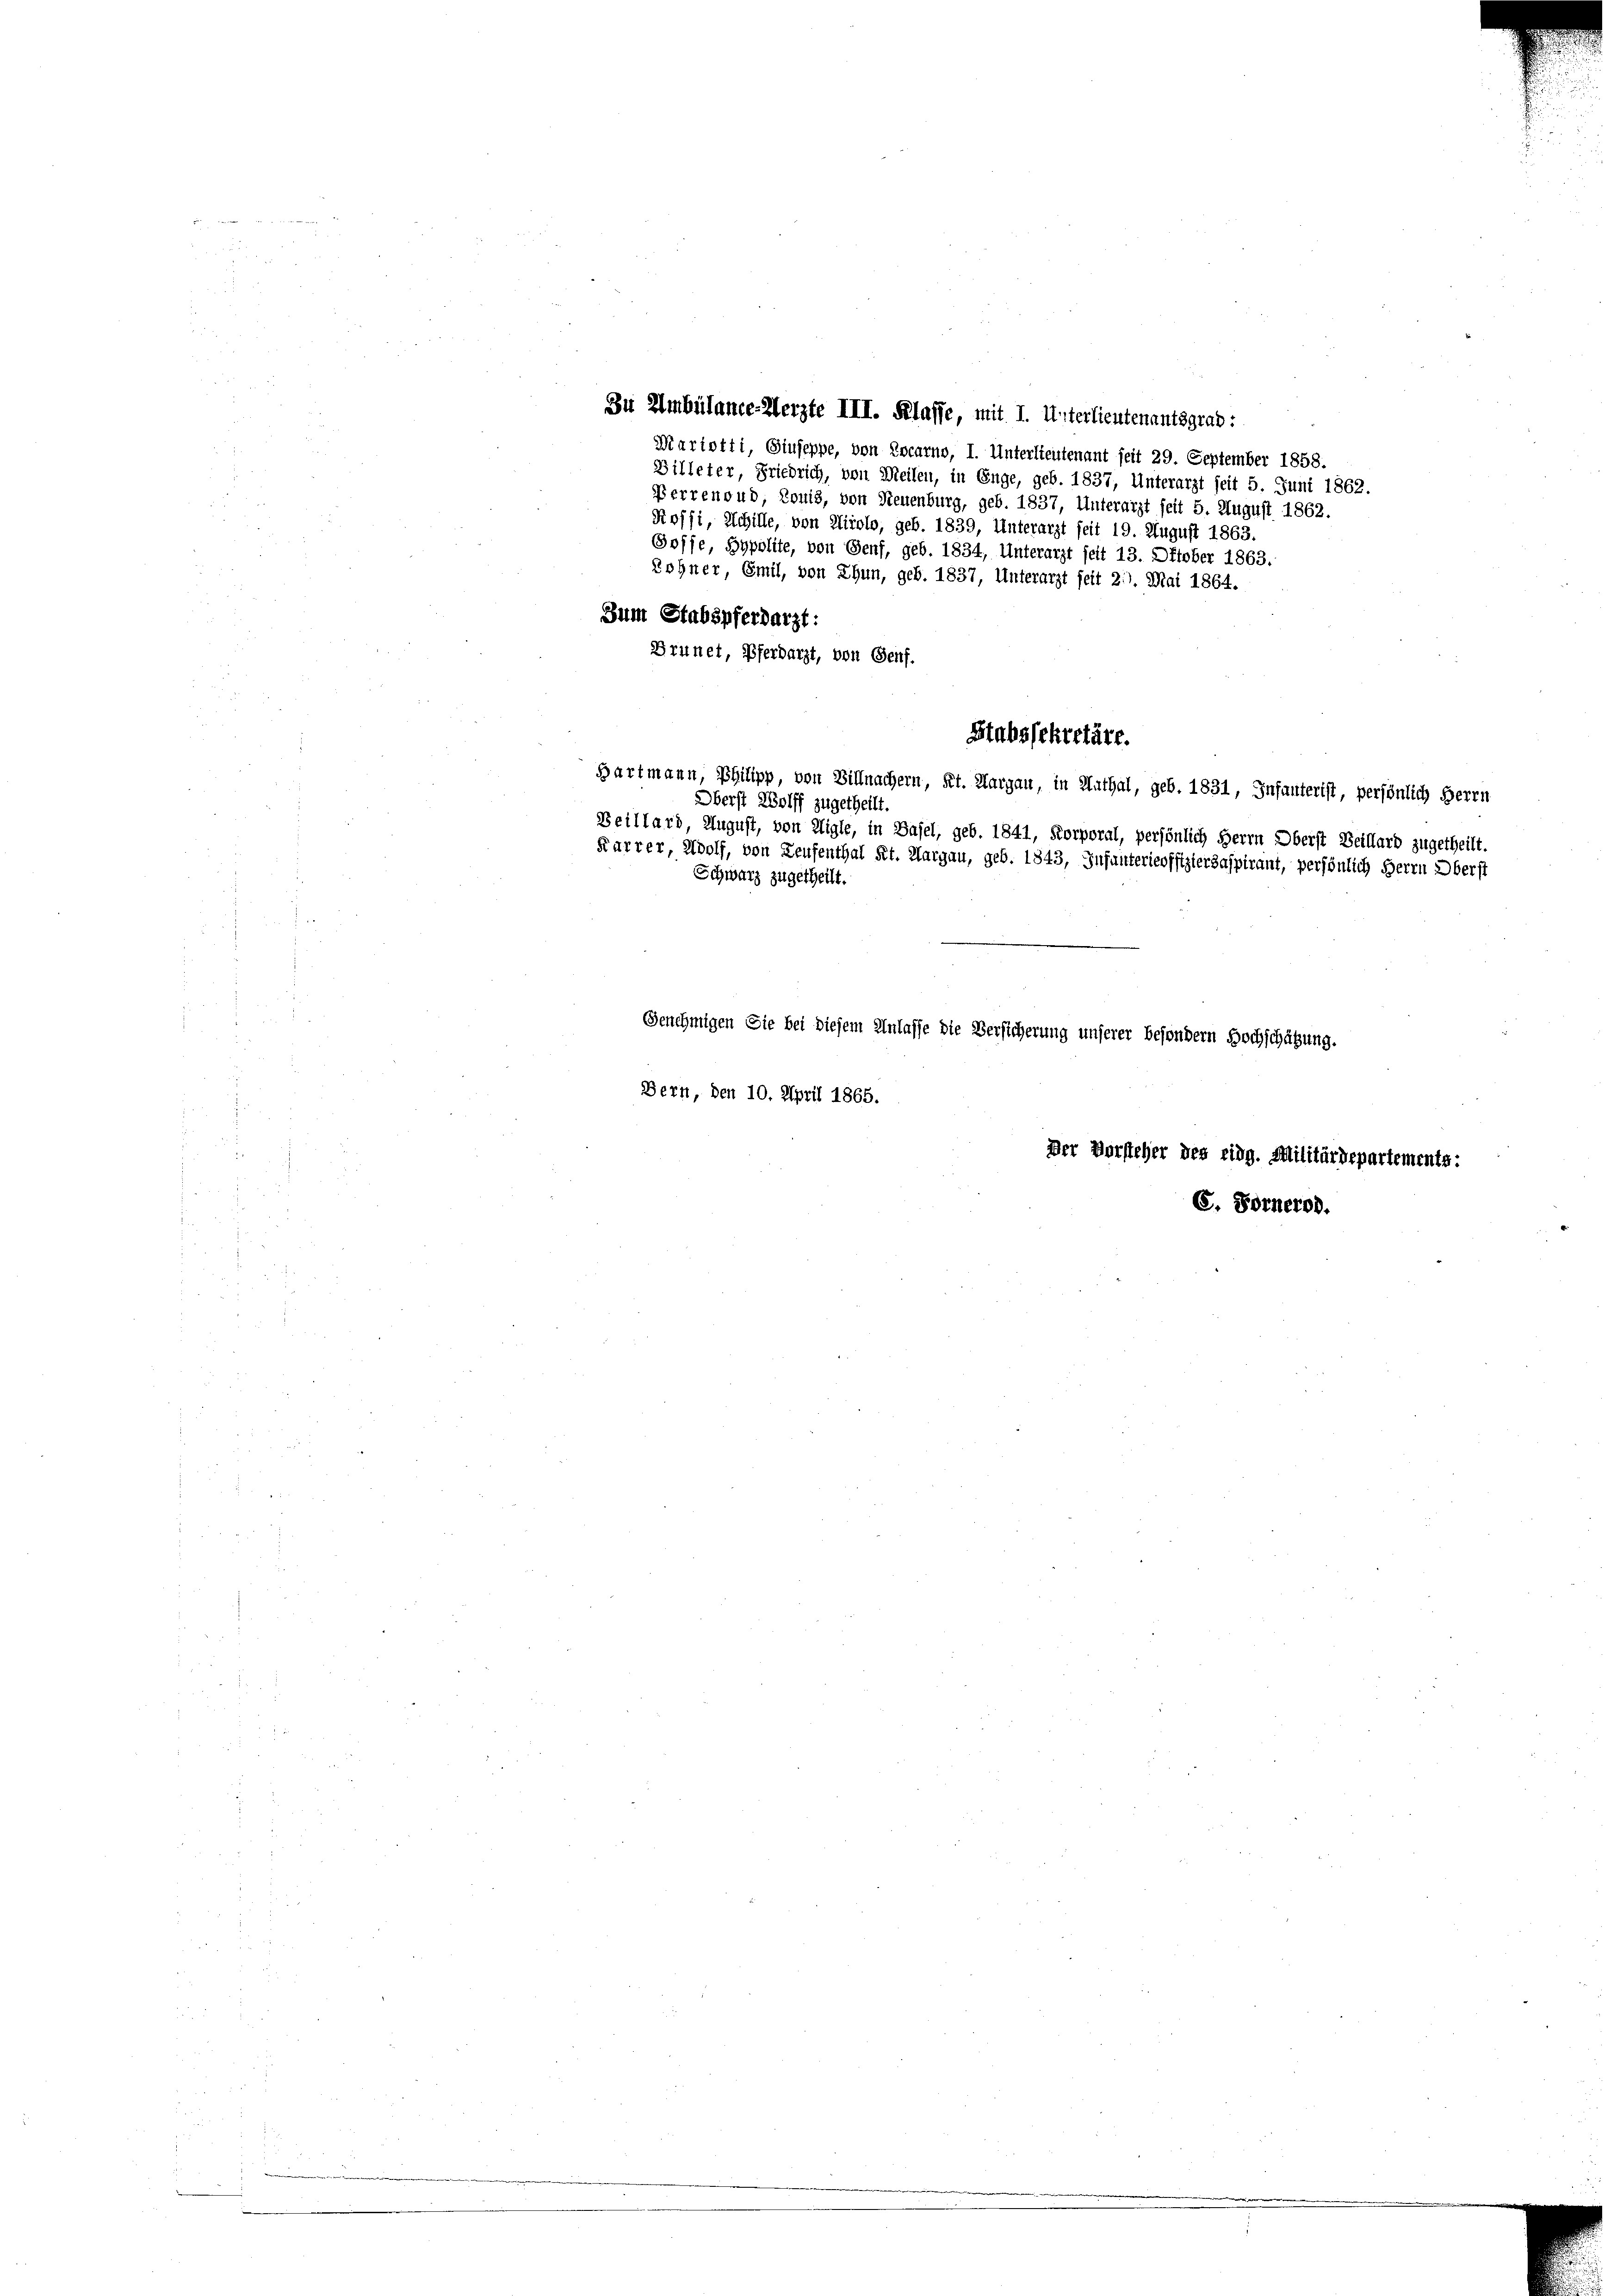
Zu Ambülance-Aerzte III. Klasse, mit I. Unterlieutenantsgrad:
Mariotti, Giuseppe, von Locarno, I. Unterlieutenant seit 29. September 1858.
Billeter, Friedrich, von Meilen, in Enge, geb. 1837, Unterarzt seit 5. Juni 1862.
Perrenoud, Romis, von Neuenburg, geb. 1837, Unterarzt seit 5. August 1862.
Roffi, Schille, von Airolo, geb. 1839, Unterarzt seit 19. August 1863.
Soffe, Hypolite, von Genf, geb. 1834, Unterarzt seit 13. Oktober 1863.
Rohner, Emil, von Thun, geb. 1837, Unterarzt seit 21. Mai 1864.
Zum Stabspferdarzt:
Brunet, Pferdarzt, von Genf.
Hartmann, Philipp, von Villnachern, Kt. Aargau, in Nathal, geb. 1831, Infanterist, persönlich Herrn
Oberst Wolff zugetheilt.
Beillard, August, von Aigle, in Basel, geb. 1841, Korporal, persönlich Herrn Oberst Beillard zugetheilt.
Karrer, Wolf, von Leufenthal Kt. Aargau, geb. 1843, Infantericoffiziersaspirant, persönlich Herrn Oberst
Schwarz zugetheilt.
Genehmigen Sie bei diesem Anlasse die Versicherung unserer besondern Hochschätzung.
Bern, den 10. April 1865.

Stabssekretäre.

Der Vorsteher des eidg. Militärdepartements:
E. Fornerod.